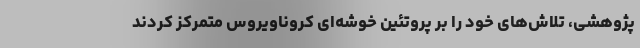
پژوهشی، تلاش‌های خود را بر پروتئین خوشه‌ای کروناویروس متمرکز کردند